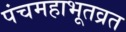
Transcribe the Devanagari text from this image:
पंचमहाभूतव्रत